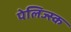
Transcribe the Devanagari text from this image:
पेलिज्स्क